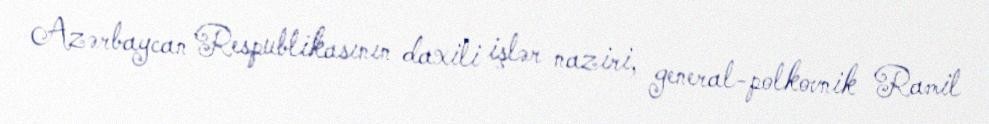
Azərbaycan Respublikasının daxili işlər naziri, general-polkovnik Ramil